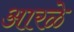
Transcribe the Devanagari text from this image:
आरळे